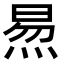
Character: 𬊙